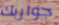
جواربك